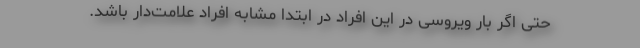
حتی اگر بار ویروسی در این افراد در ابتدا مشابه افراد علامت‌دار باشد.